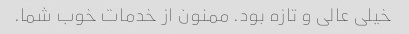
خیلی عالی و تازه بود. ممنون از خدمات خوب شما.